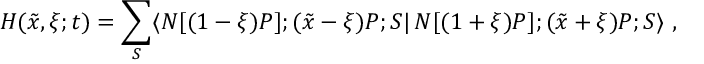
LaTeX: H ( \tilde { x } , \xi ; t ) = \sum _ { S } \langle N [ ( 1 - \xi ) P ] ; ( \tilde { x } - \xi ) P ; S | \, N [ ( 1 + \xi ) P ] ; ( \tilde { x } + \xi ) P ; S \rangle \ ,